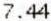
7.44